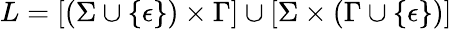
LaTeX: L=[(\Sigma\cup\{ \epsilon\} )\times\Gamma]\cup[\Sigma\times(\Gamma\cup\{ \epsilon\} )]